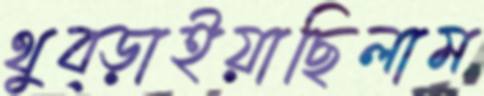
থুব্‌ড়াইয়াছিলাম